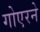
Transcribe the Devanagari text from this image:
गोएरने